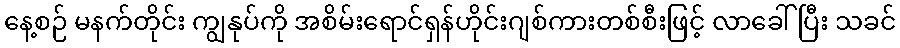
နေ့စဉ် မနက်တိုင်း ကျွနုပ်ကို အစိမ်းရောင်ရှန်ဟိုင်းဂျစ်ကားတစ်စီးဖြင့် လာခေါ်ပြီး သခင်